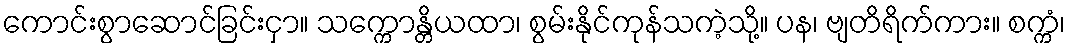
ကောင်းစွာဆောင်ခြင်းငှာ။ သက္ကောန္တိယထာ၊ စွမ်းနိုင်ကုန်သကဲ့သို့။ ပန၊ ဗျတိရိက်ကား။ စက္ကံ၊